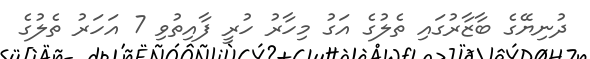
ދުނިޔޭގެ ބާޒާރުގައި ތެލުގެ އަގު މިހާރު ހުރީ ފާއިތުވި 7 އަހަރު ތެލުގެ